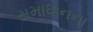
સમાધાનના